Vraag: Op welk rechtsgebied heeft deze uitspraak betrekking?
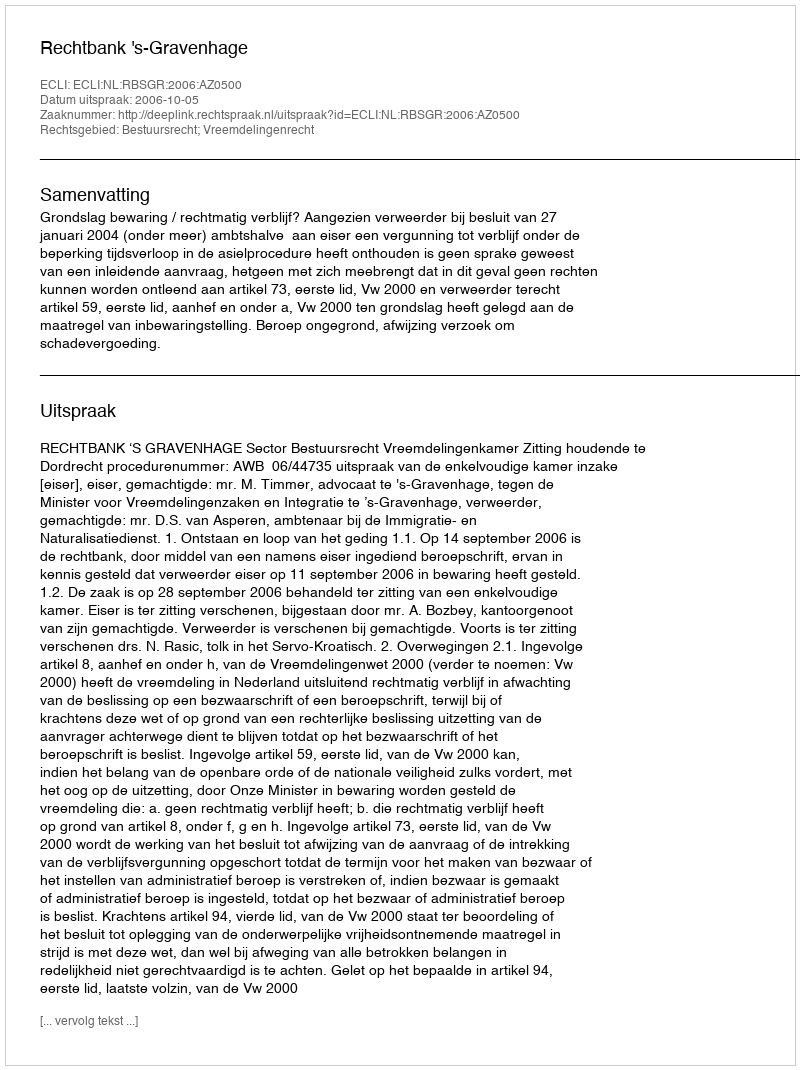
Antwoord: Bestuursrecht; Vreemdelingenrecht